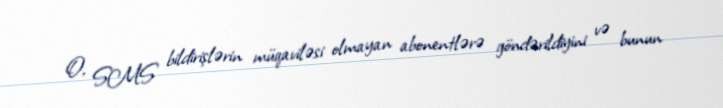
O, SMS bildirişlərin müqaviləsi olmayan abonentlərə göndərildiyini və bunun